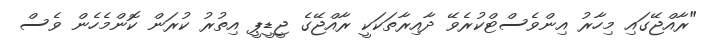
"ރާއްޖޭގައި މިހާރު އިންވެސްޓްކުރެވޭ ދާއިރާތަކަކީ ރާއްޖޭގެ ޖީޑީޕީ އިތުރު ކުރަން ކޮންމެހެން ވެސް